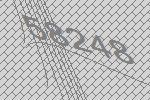
58248